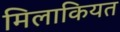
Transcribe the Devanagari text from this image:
मिलाकियत